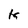
Character: k